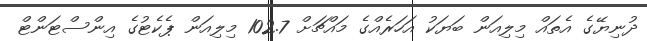
ދުނިޔޭގެ އެތައް މިލިއަން ބަޔަކު އަހަރެއްގެ މައްޗަށް 102.7 މިލިއަން ޕެކެޓުގެ އިންސްޓަންޓް